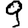
Digit: 9